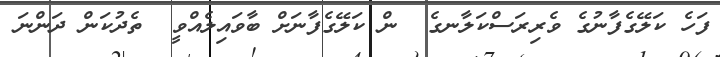
ފަހެ ކަލޭގެފާނުގެ ވެރިރަސްކަލާނގެ  ން ކަލޭގެފާނަށް ބާވައިލެއްވީ  ތެދުކަން ދަންނަ